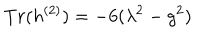
T r ( h ^ { ( 2 ) } ) = - 6 ( \lambda ^ { 2 } - g ^ { 2 } )